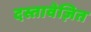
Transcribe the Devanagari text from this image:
दस्तावेज़ित